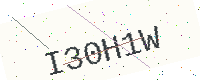
Text: I30H1W